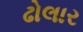
ઢોલાર